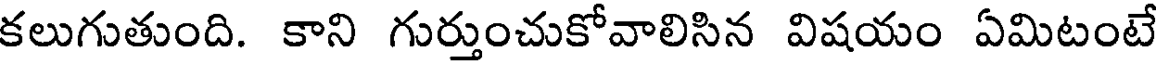
కలుగుతుంది. కాని గుర్తుంచుకోవాలిసిన విషయం ఏమిటంటే